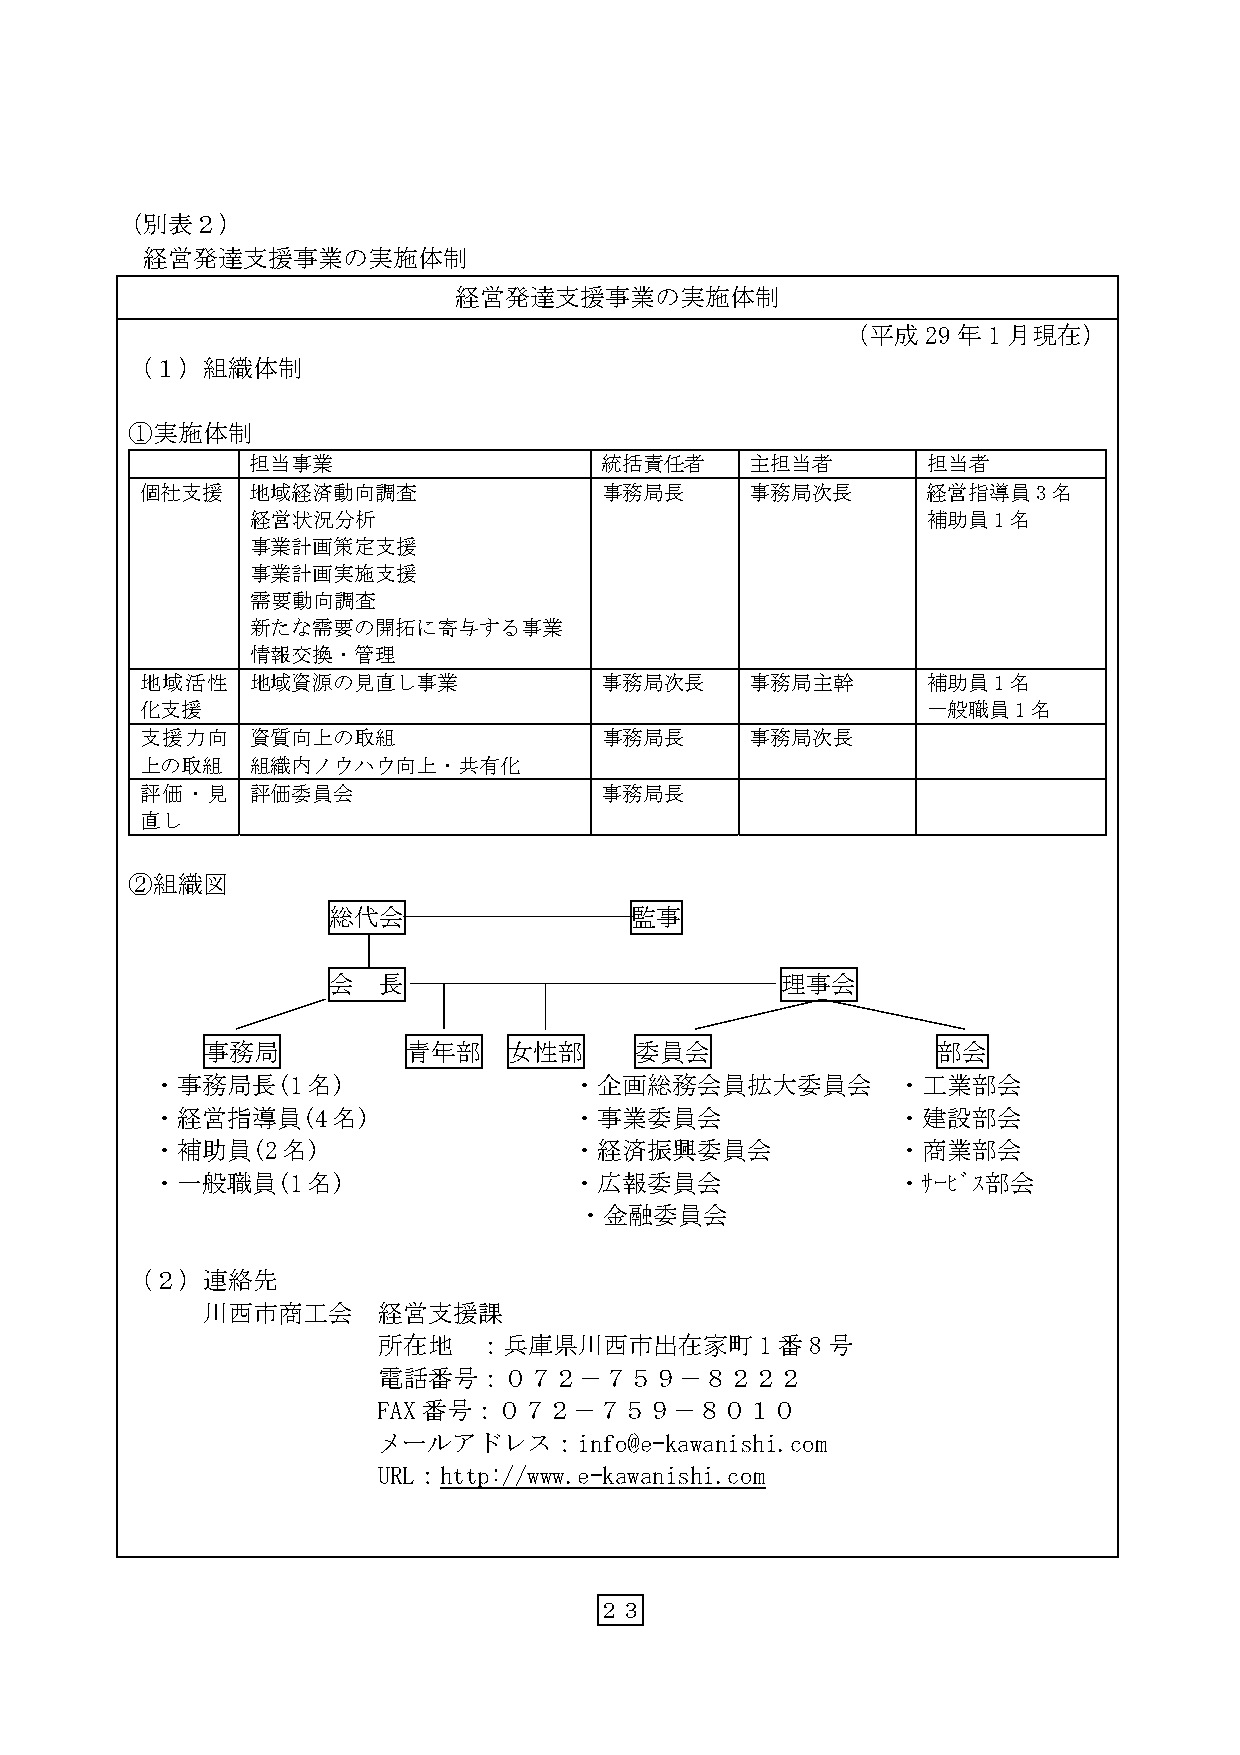
（別表２）
 経営発達支援事業の実施体制
 経営発達支援事業の実施体制
 （平成29年1月現在）
 （１）組織体制
 ①実施体制
 担当事業                   統括責任者     主担当者       担当者
 個社支援    地域経済動向調査               事務局長      事務局次長      経営指導員3名
 経営状況分析                                      補助員1名
 事業計画策定支援
 事業計画実施支援
 需要動向調査
 新たな需要の開拓に寄与する事業
 情報交換・管理
 地域活性    地域資源の見直し事業             事務局次長     事務局主幹      補助員1名
 化支援                                                 一般職員1名
 支援力向    資質向上の取組                事務局長      事務局次長
 上の取組    組織内ノウハウ向上・共有化
 評価・見    評価委員会                  事務局長
 直し
 ②組織図
 総代会                 監事
 会  長                          理事会
 事務局          青年部    女性部     委員会                 部会
 ・事務局長(1名)                   ・企画総務会員拡大委員会         ・工業部会
 ・経営指導員(4名)                  ・事業委員会               ・建設部会
 ・補助員(2名)                    ・経済振興委員会             ・商業部会
 ・一般職員(1名)                   ・広報委員会               ・ｻｰﾋﾞｽ部会
 ・金融委員会
 （２）連絡先
 川西市商工会      経営支援課
 所在地    ：兵庫県川西市出在家町1番8号
 電話番号：０７２−７５９−８２２２
 FAX番号：０７２−７５９−８０１０
 メールアドレス：info@e-kawanishi.com
 URL：http://www.e-kawanishi.com
 ２３